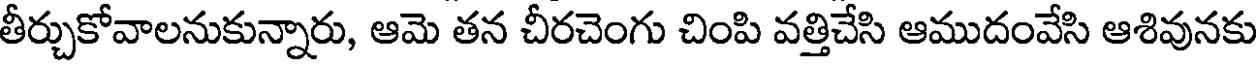
తీర్చుకోవాలనుకున్నారు, ఆమె తన చీరచెంగు చింపి వత్తిచేసి ఆముదంవేసి ఆశివునకు